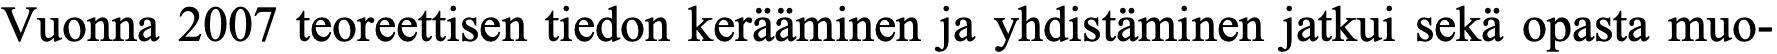
Vuonna 2007 teoreettisen tiedon kerääminen ja yhdistäminen jatkui sekä opasta muo-